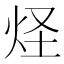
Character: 𤇂